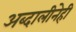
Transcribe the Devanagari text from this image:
अब्दालीनेही